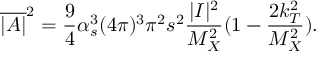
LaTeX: \overline { { { | { \cal A } | } } } ^ { 2 } = \frac { 9 } { 4 } \alpha _ { s } ^ { 3 } ( 4 \pi ) ^ { 3 } \pi ^ { 2 } s ^ { 2 } \frac { | { \cal I } | ^ { 2 } } { M _ { X } ^ { 2 } } ( 1 - \frac { 2 k _ { T } ^ { 2 } } { M _ { X } ^ { 2 } } ) .